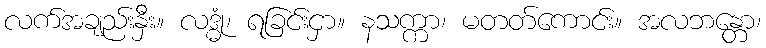
လက်အချည်းနှီး။ လဒ္ဓုံ၊ ရခြင်းငှာ။ နသက္ကာ၊ မတတ်ကောင်း။ အလဘန္တော၊